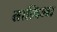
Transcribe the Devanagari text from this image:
ताज़िआ